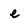
Character: e